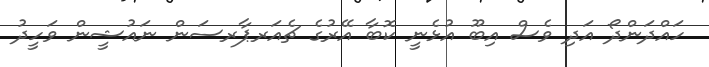
ހައްދަންދޯ އަދި ވެސް އިބޫ އުޅެނީ ކޮބާ އޭރުގެ ޗެއަރޕާރސަން ނައުޝީން ވަހީދު